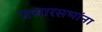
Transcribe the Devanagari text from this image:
प्रचारसभांना